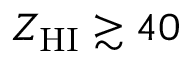
Z _ { \mathrm { H I } } \gtrsim 4 0